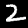
Digit: 2